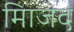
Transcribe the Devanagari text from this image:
मािजद